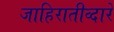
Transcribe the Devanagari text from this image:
जाहिरातीव्दारे